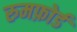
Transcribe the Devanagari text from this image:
रुमफ़ोर्ड